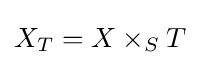
X_{T}=X\times _{S}T